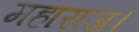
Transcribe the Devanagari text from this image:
महाराज।